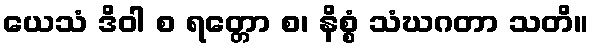
ယေသံ ဒိဝါ စ ရတ္တော စ၊ နိစ္စံ သံဃဂတာ သတိ။